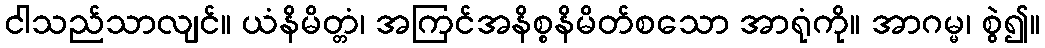
ငါသည်သာလျင်။ ယံနိမိတ္တံ၊ အကြင်အနိစ္စနိမိတ်စသော အာရုံကို။ အာဂမ္မ၊ စွဲ၍။